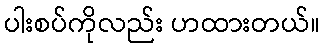
ပါးစပ်ကိုလည်း ဟထားတယ်။